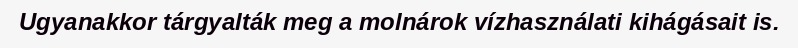
Ugyanakkor tárgyalták meg a molnárok vízhasználati kihágásait is.